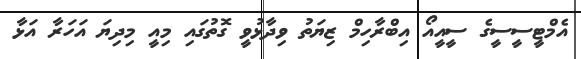
އެމްޓީސީސީގެ ސީއީއޯ އިބްރާހިމް ޒިޔަތު ވިދާޅުވީ ގޮތުގައި މިއީ މިދިޔަ އަހަރާ އަޅާ